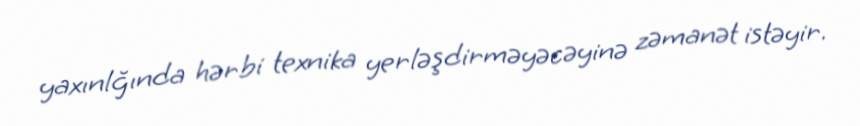
yaxınlğında hərbi texnika yerləşdirməyəcəyinə zəmanət istəyir.